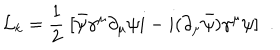
LaTeX: { \cal L } _ { k } = \frac { 1 } { 2 } \; [ \bar { \psi } \gamma ^ { \mu } \partial _ { \mu } \psi i - i ( \partial _ { \mu } \bar { \psi } ) \gamma ^ { \mu } \psi ] \; \; .